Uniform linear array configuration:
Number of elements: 64
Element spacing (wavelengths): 0.75
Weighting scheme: cosine
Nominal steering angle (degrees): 60
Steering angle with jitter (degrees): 58.206
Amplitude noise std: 0.05
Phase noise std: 0.05

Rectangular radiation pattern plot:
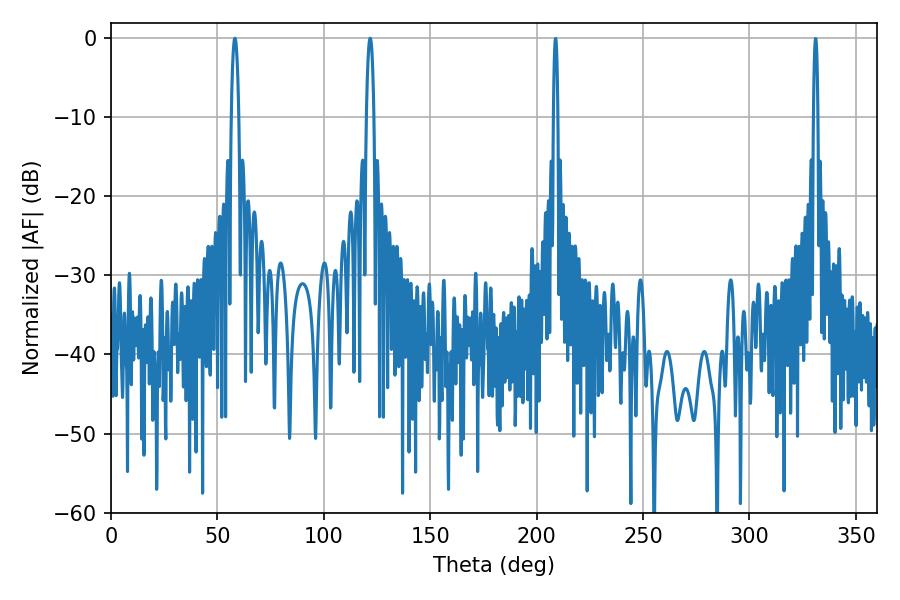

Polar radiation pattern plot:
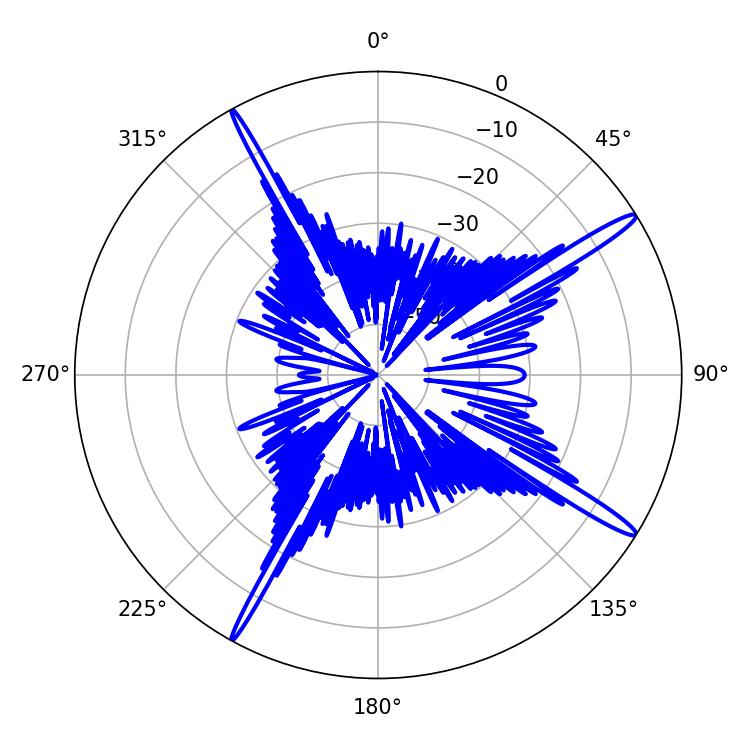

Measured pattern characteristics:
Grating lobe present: TRUE
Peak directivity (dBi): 16.507
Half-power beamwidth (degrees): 1.98
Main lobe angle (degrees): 58.14